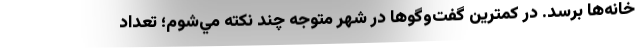
خانه‌ها برسد. در كمترين گفت‌وگو‌ها در شهر متوجه چند نكته مي‌شوم؛ تعداد